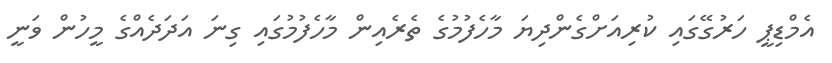
އެމްޑިޕީ ހަރުގޭގައި ކުރިއަށްގެންދިޔަ މާހެފުމުގެ ތެރެއިން މާހެފުމުގައި ގިނަ އަދަދެއްގެ މީހުން ވަނީ